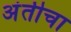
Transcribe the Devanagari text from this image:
अंतीचा